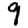
Digit: 9